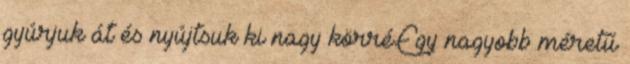
gyúrjuk át és nyújtsuk ki nagy körré.Egy nagyobb méretű